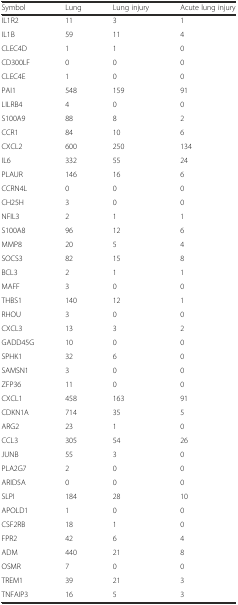
<table><thead><tr><td><b>Symbol</b></td><td><b>Lung</b></td><td><b>Lung injury</b></td><td><b>Acute lung injury</b></td></tr></thead><tbody><tr><td>IL1R2</td><td>11</td><td>3</td><td>1</td></tr><tr><td>IL1B</td><td>59</td><td>11</td><td>4</td></tr><tr><td>CLEC4D</td><td>1</td><td>1</td><td>0</td></tr><tr><td>CD300LF</td><td>0</td><td>0</td><td>0</td></tr><tr><td>CLEC4E</td><td>1</td><td>0</td><td>0</td></tr><tr><td>PAI1</td><td>548</td><td>159</td><td>91</td></tr><tr><td>LILRB4</td><td>4</td><td>0</td><td>0</td></tr><tr><td>S100A9</td><td>88</td><td>8</td><td>2</td></tr><tr><td>CCR1</td><td>84</td><td>10</td><td>6</td></tr><tr><td>CXCL2</td><td>600</td><td>250</td><td>134</td></tr><tr><td>IL6</td><td>332</td><td>55</td><td>24</td></tr><tr><td>PLAUR</td><td>146</td><td>16</td><td>6</td></tr><tr><td>CCRN4L</td><td>0</td><td>0</td><td>0</td></tr><tr><td>CH25H</td><td>3</td><td>0</td><td>0</td></tr><tr><td>NFIL3</td><td>2</td><td>1</td><td>1</td></tr><tr><td>S100A8</td><td>96</td><td>12</td><td>6</td></tr><tr><td>MMP8</td><td>20</td><td>5</td><td>4</td></tr><tr><td>SOCS3</td><td>82</td><td>15</td><td>8</td></tr><tr><td>BCL3</td><td>2</td><td>1</td><td>1</td></tr><tr><td>MAFF</td><td>3</td><td>0</td><td>0</td></tr><tr><td>THBS1</td><td>140</td><td>12</td><td>1</td></tr><tr><td>RHOU</td><td>3</td><td>0</td><td>0</td></tr><tr><td>CXCL3</td><td>13</td><td>3</td><td>2</td></tr><tr><td>GADD45G</td><td>10</td><td>0</td><td>0</td></tr><tr><td>SPHK1</td><td>32</td><td>6</td><td>0</td></tr><tr><td>SAMSN1</td><td>3</td><td>0</td><td>0</td></tr><tr><td>ZFP36</td><td>11</td><td>0</td><td>0</td></tr><tr><td>CXCL1</td><td>458</td><td>163</td><td>91</td></tr><tr><td>CDKN1A</td><td>714</td><td>35</td><td>5</td></tr><tr><td>ARG2</td><td>23</td><td>1</td><td>0</td></tr><tr><td>CCL3</td><td>305</td><td>54</td><td>26</td></tr><tr><td>JUNB</td><td>55</td><td>3</td><td>0</td></tr><tr><td>PLA2G7</td><td>2</td><td>0</td><td>0</td></tr><tr><td>ARID5A</td><td>0</td><td>0</td><td>0</td></tr><tr><td>SLPI</td><td>184</td><td>28</td><td>10</td></tr><tr><td>APOLD1</td><td>1</td><td>0</td><td>0</td></tr><tr><td>CSF2RB</td><td>18</td><td>1</td><td>0</td></tr><tr><td>FPR2</td><td>42</td><td>6</td><td>4</td></tr><tr><td>ADM</td><td>440</td><td>21</td><td>8</td></tr><tr><td>OSMR</td><td>7</td><td>0</td><td>0</td></tr><tr><td>TREM1</td><td>39</td><td>21</td><td>3</td></tr><tr><td>TNFAIP3</td><td>16</td><td>5</td><td>3</td></tr></tbody></table>